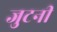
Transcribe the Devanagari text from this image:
जुटनी